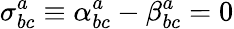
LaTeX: \sigma_{bc}^{a}\equiv\alpha_{bc}^{a}-\beta_{bc}^{a}=0